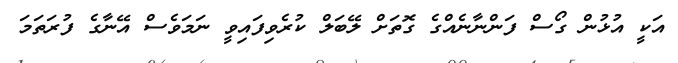
އަކީ އުޅުން ގޯސް ފަންނާނެއްގެ ގޮތަށް ލޭބަލް ކުރެވިފައިވީ ނަމަވެސް އޭނާގެ ފުރަތަމަ